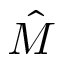
\hat { M }